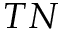
T N